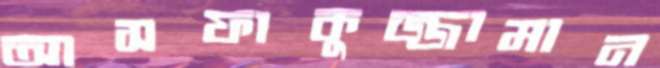
আসফাকুজ্জামান